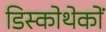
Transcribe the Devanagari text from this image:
डिस्कोथेकों